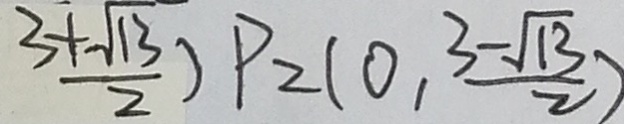
\frac { 3 + \sqrt { 1 3 } } { 2 } ) P _ { 2 } ( 0 , \frac { 3 - \sqrt { 1 3 } } { 2 } )